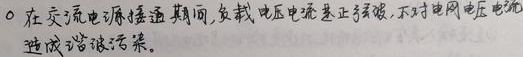
在交流电源接通期间，负载电压电流基本正弦，不对电网电压电流造成谐波污染。